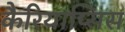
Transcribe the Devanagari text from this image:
कैरियाप्सिस